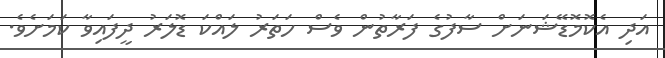
އަދި އެކޮމޮޑޭޝަނަށް ސާފުގެ ފަރާތުން ވެސް ހަތަރު ލައްކަ ޑޮލަރު ދީފައިވާ ކަމަށެވެ.